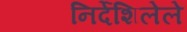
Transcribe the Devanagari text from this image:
निर्देशिलेले